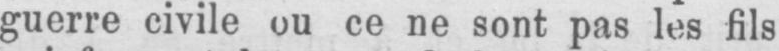
guerre civile ou ce ne sont pas les fils